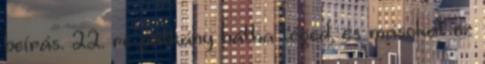
beí­rás. 22. re patkány hátha téged, és másokat ez